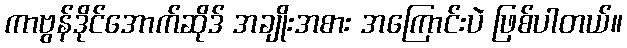
ကာဗွန်ဒိုင်အောက်ဆိုဒ် အချိုးအစား အကြောင်းပဲ ဖြစ်ပါတယ်။